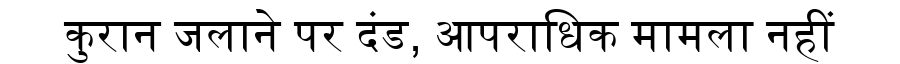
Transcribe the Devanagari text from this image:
कुरान जलाने पर दंड, आपराधिक मामला नहीं